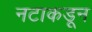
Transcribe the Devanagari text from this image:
नटाकडून